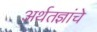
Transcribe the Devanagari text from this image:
अर्थतज्ञांचे